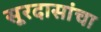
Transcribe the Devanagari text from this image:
सूरदासांचा